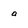
Character: g